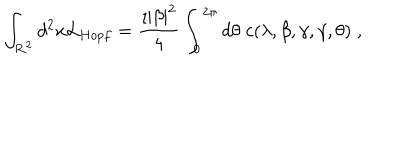
\int _ { { \bf R } ^ { 2 } } d ^ { 2 } x { \cal L } _ { H o p f } = \frac { \imath | \beta | ^ { 2 } } { 4 } \int _ { 0 } ^ { 2 \pi } d \theta \; c ( \lambda , \beta , \gamma , \dot { \gamma } , \theta ) \; ,